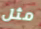
مثل